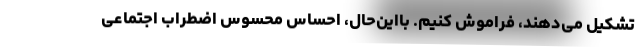
تشکیل می‌دهند، فراموش کنیم. بااین‌حال، احساس محسوس اضطراب اجتماعی